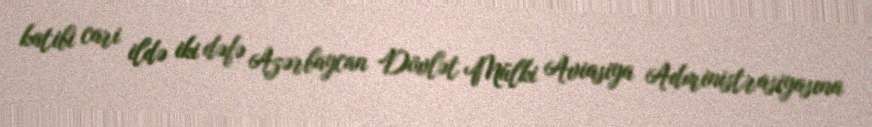
katibi cari ildə iki dəfə Azərbaycan Dövlət Mülki Aviasiya Administrasiyasına